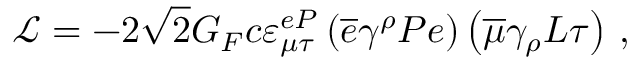
\mathcal { L } = - 2 \sqrt { 2 } G _ { F } c \varepsilon _ { \mu \tau } ^ { e P } \left( \overline { { { e } } } \gamma ^ { \rho } P e \right) \left( \overline { { { \mu } } } \gamma _ { \rho } L \tau \right) \, ,